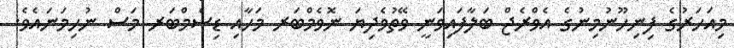
މިއަހަރުގެ ފިނިހޫނުމިނުގެ އެވްރެޖް ބަލާފައިވަނީ ވޭތުވެދިޔަ ނޮވެމްބަރ މަހާއި ޑިސެމްބަރ މަސް ނުހިމަނައެވެ.